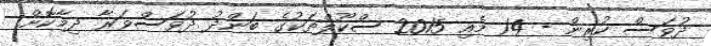
ދުވަސް ކުރިން - 14 މެއި 2015 ސްކޫލްތަކުގެ ބަންދު ދުވަސްވަރާ ދިމާކޮށް